Annual report on the health of the army in India
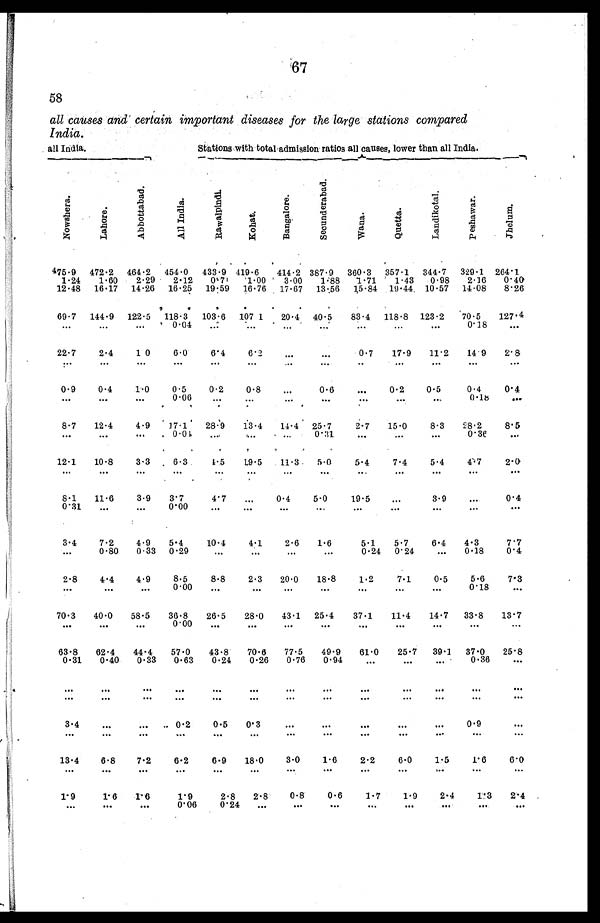
67
58
all causes and certain important diseases for the large stations compared
India.
all India.
Stations with total admission ratios all causes, lower than all India.
A l l I n d i a .
N o w s h e r a .
L a h o r e .
A b b o t t a b a d .
R a w a p i n d i .
K o h a t .
B a n g a l o r e .
S e c u n d e r a b a d .
W a n a .
Q u e t t a .
L a n d i k o t a l .
P e s h a w a r
J h e l u m .
475.9 472.2 464.2 454.0 433.9 419.6
414.2 387.9 360.3 357.1 344.7 329.1 264. 1
1.24
1.60
2.29
2.12
0.7
1.00
3.00
1.88 1.71
1.43 0.98
2.16
0.40
12.48 16.17 14.26 16.25 19.59 16.76 17.67 13.56 15.84 19.44 10.57 14.08
8.26
69.7 144.9 122.5 118.3 103.6 107 1
20.4 40.5
83.4 118.8 123.2
70.5
127.4
...
...
...
0.04
. . .
...
. . .
. . .
. . .
. . .
. . . 0.18
. . .
22.7
2.4
1.0
6.0
6.4
6.2
...
. . . 0.7
17.9
11.2
14.9
2.8
...
...
...
. . . ...
... ...
. . .
...
...
. . . ...
. . .
0.9
0.4
1.0
0.5
0.2
0.8
. . . 0.6
. . .
0.2
0.5
0.4
0.4
. . . ...
. . .
0.06
. . . ...
...
...
. . .
. . .
. . .
0. 18
. . .
8.7
12.4
4.9 17.1
28.9 13.4
14.4 25.7
2.7
15.0
8.3
28.2
8.5
. . .
. . .
. . .
0.01
. . .
...
. . .
0.31
. . .
. . .
. . . 0.36
. . .
12.1
10.8
3.3
6.3
4 . 5 19.5
11.3
5.0
5.4
7.4
5.4
4.7
2.0
. . .
. . . ...
. . .
. . .
...
. . .
. . .
. . .
. . .
. . .
. . .
. . .
8.1
11.6
3.9
3.7
4.7
...
0.4
5.0
19.5
. . .
3.9
...
0.4
0.31
. . . ...
0.00
. . . ...
...
. . .
. . .
. . .
. . . ...
. . .
3.4
7.2
4.9
5.4
10.4
4.1
2.6
1.6
5.1
5.7
6.4
4.3
7.7
...
0.80
0.33 0.29
. . .
...
. . .
. . .
0.24 0.24
. . .
0.18
0.4
2.8
4.4
4.9
8.5
8.8
2.3
20.0
18.8
1.2
7.1
0.5
5.6
7.3
...
...
. . . 0.00
. . .
...
...
. . .
. . .
. . .
...
0.18
. . .
70.3
40.0
58.5
36.8
26.5
28.0
43.1 25.4
37.1
11.4
14.7 33.8
13.7
. . .
. . .
. . .
0.00
. . .
... ...
...
. . . ...
. . .
. . .
. . .
63.8
62.4
44.4
57.0
43.8
70.6
77.5
49.9
61.0
25.7 39.1 37.0
25.8
0.31
0.40
0.33
0.63
0.24
0.26
0.76
0.94
. . .
. . .
. . . 0.36
. . .
...
. . .
. . . . . .
...
...
...
. . . ...
...
...
. . .
. . .
...
. . .
. . . . . .
. . .
. . .
. . .
. . .
. . .
. . .
. . .
. . .
. . .
3.4
. . .
. . . 0.2
0.5
0.3
. . .
. . .
. . .
. . .
. . . 0.9
. . .
. . .
. . .
. . .
. . .
. . .
. . .
. . .
. . .
. . .
. . .
. . .
. . .
. . .
13.4
6.8
7.2
6.2
6.9
18.0
3.0
1.6
2.2
6.0
1.5
1.6
6.0
. . .
. . .
. . .
. . .
. . .
. . .
. . .
. . .
. . .
. . .
. . .
. . .
. . .
1.9
1 . 6
1. 6
1.9
2.8
2.8
0.8
0.6
1.7
1.9
2.4
1.3
2.4
. . .
. . .
. . . 0.06
0.24
. . .
. . .
...
. . .
. . .
...
...
. . .